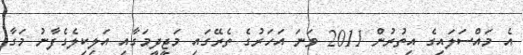
އެ މައްސަލައިގެ އިތުރުން 2011 ވަނަ އަހަރުގެ ތެރޭގައި މަޖީދީމަގާއި އަލިކިލެގެފާނު މަގާ